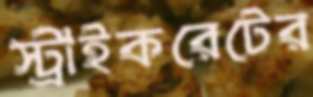
স্ট্রাইকরেটের